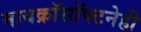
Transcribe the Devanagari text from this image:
मायक्रॉसॉफ्टनेही